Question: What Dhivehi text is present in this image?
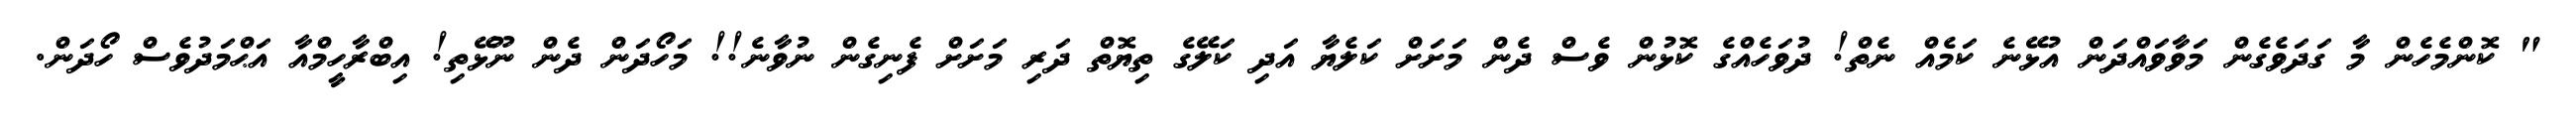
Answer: " ކޮންމެހެން މާ ގަދަވެގެން މަވާވައްދަން އުޅޭނެ ކަމެއް ނެތް! ދުވަހެއްގެ ކޮޅުން ވެސް ދެން މަށަށް ކަލެޔާ އަދި ކަލޭގެ ތިޔޮތް ދަރި މަށަށް ފެނިގެން ނުވާނެ!! މަހޯދަން ދެން ނޫޅޭތި! އިބްރާހީމްއާ އަޙްމަދުވެސް ހޯދަން.